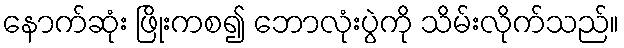
နောက်ဆုံး ဖြိုးကစ၍ ဘောလုံးပွဲကို သိမ်းလိုက်သည်။